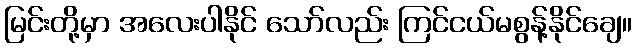
မြင်းတို့မှာ အလေးပါနိုင် သော်လည်း ကြင်ငယ်မစွန့်နိုင်ချေ။